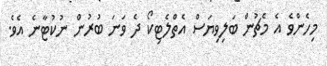
މިހެންވެ އެ މެޗުން ބަލިވިޔަސް އެތްލެޓިކޯ ދެ ވަނަ ބުރުން ނުކުޓާނެ އެވެ.